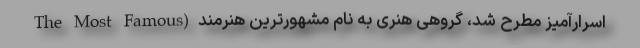
اسرارآمیز مطرح شد، گروهی هنری به نام مشهورترین هنرمند (The Most Famous